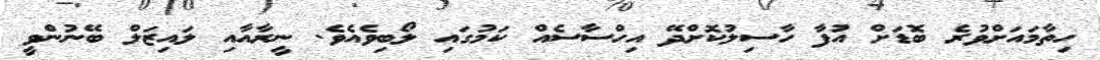
ހިތާމައަށްވުރެ ބޮޑަށް އުފާ ހާސިލުކޮށްދޭ އިހްސާސެއް ކަމުގައި ލޯބިވެއެވެ. ނީރާއާއި ލައިޒަލް ބޭނުންވީ